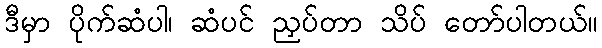
ဒီမှာ ပိုက်ဆံပါ၊ ဆံပင် ညှပ်တာ သိပ် တော်ပါတယ်။